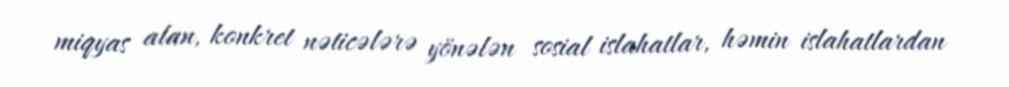
miqyas alan, konkret nəticələrə yönələn sosial islahatlar, həmin islahatlardan